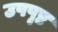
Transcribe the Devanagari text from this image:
उपपृष्ट